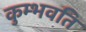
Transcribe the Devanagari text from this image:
कुम्भवति